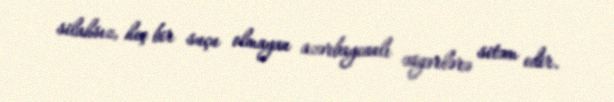
silahsız, heç bir suçu olmayan azərbaycanlı əsgərlərə sitəm edir.